Annual report on the working of the lock hospitals in the North-Western Provinces and Oudh
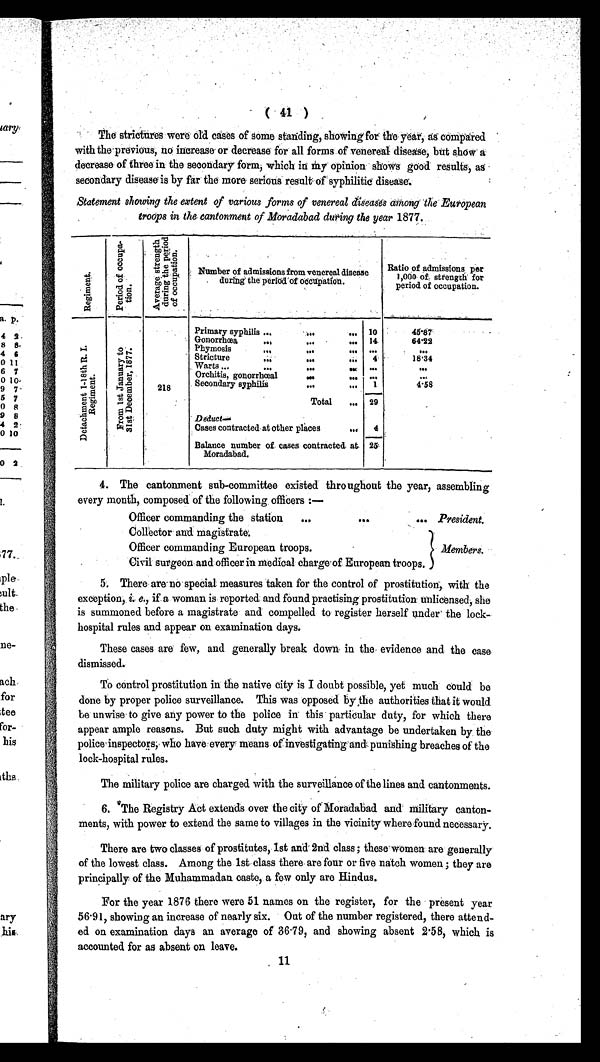
( 41 )
The strictures were old cases of some standing, showing for the year, as compared
with the previous, no increase or decrease for all forms of venereal disease, but show a
decrease of three in the secondary form, which in my opinion shows good results, as
secondary disease is by far the more serious result of syphilitic disease.
Statement showing the extent of various forms of venereal diseases among the European
troops in the cantonment of Moradabad during the year 1877.
R e g i m e n t .
P e r i o d o f o c c u p a t i o n .
A v e r a g e s t r e n g t h d u r i n g t h e p e r i o d o f o c c u p a t i o n .
Number of admissions from venereal disease
during the period of occupation.
Ratio of admissions per
1,000 of strength for
period of occupation.
D e t a c h m e n t 1 - 1 8 t h R . L . R e g i m e n t .
F r o m 1 s t J a n u a r y t o 3 1 s t De c e mb e r , 1 8 7 7 .
218
Primary syphilis ...
...
... 10
4 5 · 8 7
64·22
Gonorrhœa
... ...
...
14
Phymosis
... ...
...
. . .
. . .
Stricture
...
....
...
4
18·34
Warts ...
... ...
...
. . .
. . .
Orchitis, gonorrhœal
... ...
. . .
. . .
Secondary syphilig
... ...
1
4·58
Total
... 29
Deduct
—Cases cont r act ed at ot her pl aces ...
4
Balance number of cases contracted
at Moradabad.
25
4. The cantonment sub-committee existed throughout the year, assembling
every month, composed of the following, officers :—
Officer commanding the station
...
... President.
Collector and magistrate:
Officer commanding European troops.
Members.
Civil surgeon and officer in medical charge of. European troops.
5. There are no special: measures taken for the control of prostitution, with the
exception, i .
e . ,
i f a
w o m a n i s r e p o r t e d a n d f o u n d p r a c t i s i n g p r o s t i t u t i o n u n l i c e n s e d , s h e
is summoned before a magistrate and compelled to register herself under the lock-
hospital rules and appear on examination days.
These cases are few, and generally break down in the evidence and the case
dismissed.
To control prostitution in the native city is I doubt possible, yet much could be
done by proper police surveillance. This was opposed by the authorities that it would
be unwise to give any power to the police in this particular duty, for which there
appear ample reasons. But such duty might with advantage be undertaken by the
police' inspectors, who have every means of investigating and punishing breaches of the
lock-hospital rules.
The military police are charged with the surveillance of the lines and cantonments.
6.
*The Registry Act extends over the city of Moradabad and military canton
ments, with power to extend the same to villages in the vicinity where found necessary.
There are two classes of prostitutes, 1st and 2nd class ; these women are generally
of the lowest class. Among the 1st class there are four or five natch women ; they are
principally of the Muhammadan caste, a few only are Hindus.
For the year 1876 there were 51 names on the register, for the present year
56·91, showing an increase of nearly six. Out of the number registered, there attend
ed on examination days an average of 36 .79, and showing absent 2·58, which is
accounted for as absent on leave.
11